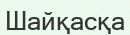
Шайқасқа